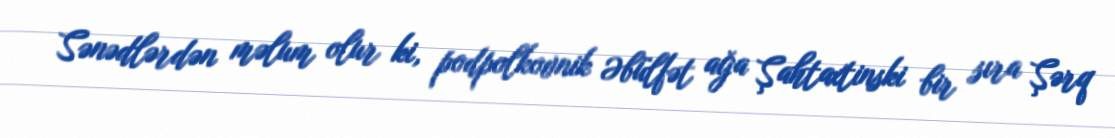
Sənədlərdən məlum olur ki, podpolkovnik Əbülfət ağa Şahtaxtinski bir sıra Şərq